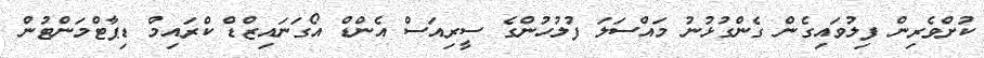
ކުށްވެރިން ފިލުވައިގެން ގެންގުޅުނު މައްސަލަ ފުލުހުންގެ ސީރިއަސް އެންޑް އޯގަނައިޒްޑް ކްރައިމް ޑިޕާޓްމަންޓުން